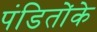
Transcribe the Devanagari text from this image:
पंडितोंके